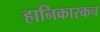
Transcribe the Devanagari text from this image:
हानिकारकच